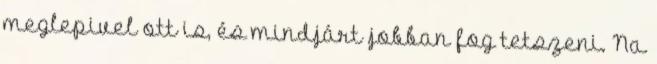
meglepivel ott is, és mindjárt jobban fog tetszeni. Na